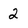
Character: 2